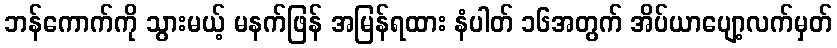
ဘန်ကောက်ကို သွားမယ့် မနက်ဖြန် အမြန်ရထား နံပါတ် ၁၆အတွက် အိပ်ယာပျော့လက်မှတ်